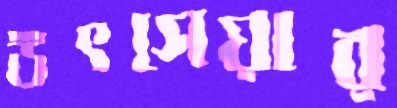
উৎসেয়ার